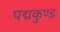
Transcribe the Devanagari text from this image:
पद्मकुण्ड